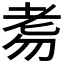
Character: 𦒸